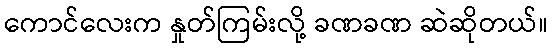
ကောင်လေးက နှုတ်ကြမ်းလို့ ခဏခဏ ဆဲဆိုတယ်။